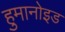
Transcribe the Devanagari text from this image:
हुमानोइड